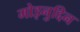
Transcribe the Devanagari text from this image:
मोइनुद्दिन